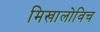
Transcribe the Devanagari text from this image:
मिखालोविच